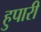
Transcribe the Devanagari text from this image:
हुपारी